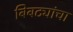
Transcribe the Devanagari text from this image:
बिबट्यांचा